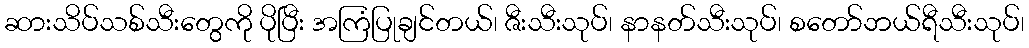
ဆားသိပ်သစ်သီးတွေကို ပိုပြီး အကြံပြုချင်တယ်၊ ဇီးသီးသုပ်၊ နာနတ်သီးသုပ်၊ စတော်ဘယ်ရီသီးသုပ်၊